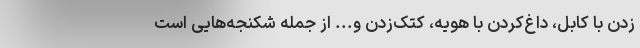
زدن با کابل، داغ‌کردن با هویه، کتک‌زدن و... از‌ جمله شکنجه‌هایی است